Tezpur Lunatic Asylum reports 1877-1894 - 1877-1894
Year: 1877
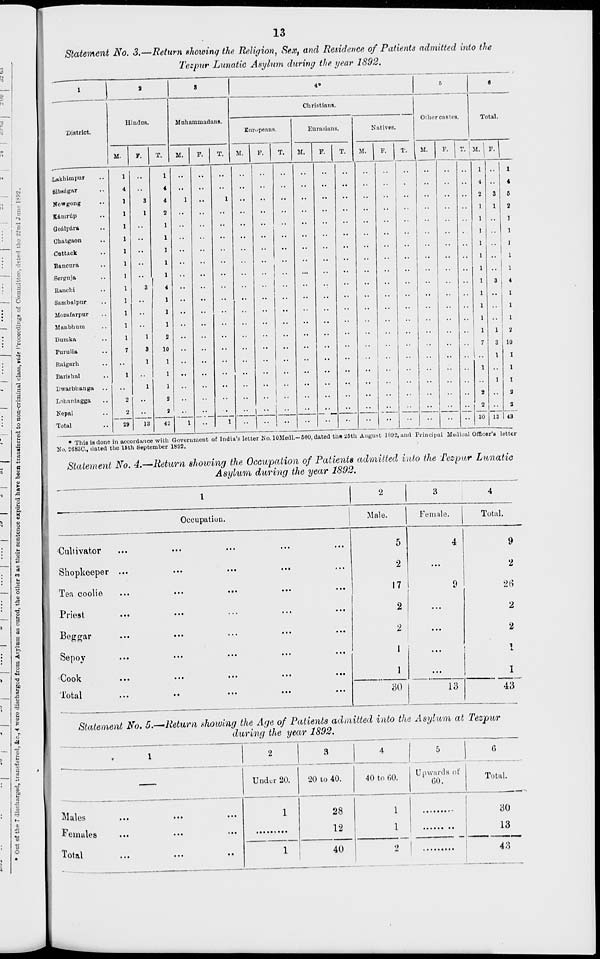
s g
o
o
4)
t-
f.
|
W
a
a
■£>
S
be
1
■3
4
a
a:
13
/StaimcnJ No. 3.—Return showing the Religion, Sex, and Residence of Patients admitted into the
Tezpur Lunatic Asylum during the year 1892.
1
8
8
4»
6
«
Hindus
11 uli a in mad MI m.
Christians.
Other castes.
Total.
District.
Europeans.
Eurasians.
Natives.
M.
F.
1.
M.
P.
T.
M
F.
T
M.
F.
T.
M.
F.
T.
M.
F.
r.' M.
i
'■ 1
Lakbknpuf
• .
..
•
•
••
• •
• •
••
••
• •
1 .. 1
Bibsngar
••
••
•
•
••
••
•
••
••
4 •• 4
Now gong
3
1
1
•
•
••
••
••
••
••
2
3
6
Kimrtip
1
••
•
•
••
••
••
••
••
1
2
Goalpara
••
•
•
••
••
••
••
••
•■
1
Ohatgaon
••
••
•
•
••
••
••
••
••
••
1
Cottack
••
••
•
•
••
••
••
••
••
•• J
Bancura
••
•■
■
••
••
••
••
••
••
1
Sorgnja
•• I
• •
•
'
••
••
••
••
••
••
1
Ranch!
3
4
••
•
>
• :
••
••
••
••
3
4
Sambalpnr
••
••
•
•
••
••
••
••
••
•• 1
Mozaf arpur
••
••
•
•
• •
••
••
••
••
•• 1
Manbhum
••
••
•
•
••
••
••
••
••
••
1
Duraka
..
1
2
••
•
••
••
••
••
••
1
2
Furulia
3
10
••
••
•
••
••
••
••
••
3 10
Raigarh
• •
1
1
••
••
•
••
••
••
••
•■
1
1
Rariehal
1
••
1
••
••
•
••
••
••
••
••
1 • • 1
Dwarbhanga
• •
1
1
••
••
•
••
••
••
••
••
••
1
I
Lohnrdngga
2
• •
2
"
•
"
••
••
••
••
2 ■ •
2
Nepal
2
29
13
2
1
1
• •
_11__ J
—-
2
30 13
2
Total
42
•
••
43
• This is done n acco rdance with C •overni nei it 0 E India s lc tte t No .!< )Mei 11.- 5C 0,d it ml til a 26th Angus t 1892, and P incipal Medical Office] 's letter
N.). 2683C, dated the 15th September 1892.
Statement No. 4.—Return showing the Occupation of Patients admitted into the Tezpar Lunatic
Asylum daring the year 1892.
Occupation.
Male.
Female.
Totn
Cultivator
Shopkeeper ...
Tea coolie
Priest
Beggar
Sepoy
Cook
Total
5
2
17
2
2
I
1
SO
ia
9
2
26
2
2
1
1
43~
Statement No. 5.—Return showing the Age of Patients admitted into the Asylum at Tezpur
during the year 1892.
a
O
1
2
3
4
5
1
6
Under 20.
20 to 40.
40 to 60.
Upwards of
GO.
Total.
Males
Females
1
28
12
1
1
80
13
Total
1
40
2
43